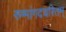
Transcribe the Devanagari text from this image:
रुग्मांगदचरितम्